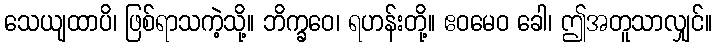
သေယျထာပိ၊ ဖြစ်ရာသကဲ့သို့။ ဘိက္ခဝေ၊ ရဟန်းတို့။ ဧဝမေဝ ခေါ၊ ဤအတူသာလျှင်။